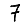
Digit: 7